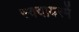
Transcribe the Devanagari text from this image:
स्क्वायरमें